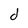
Character: d